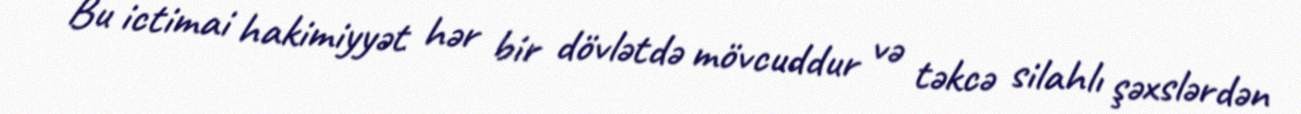
Bu ictimai hakimiyyət hər bir dövlətdə mövcuddur və təkcə silahlı şəxslərdən